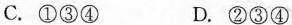
C.①③④ D.②③④